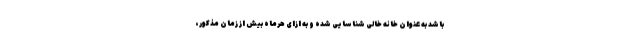
باشد به عنوان خانه خالی شناسایی شده و به ازای هرماه بیش از زمان مذکور،